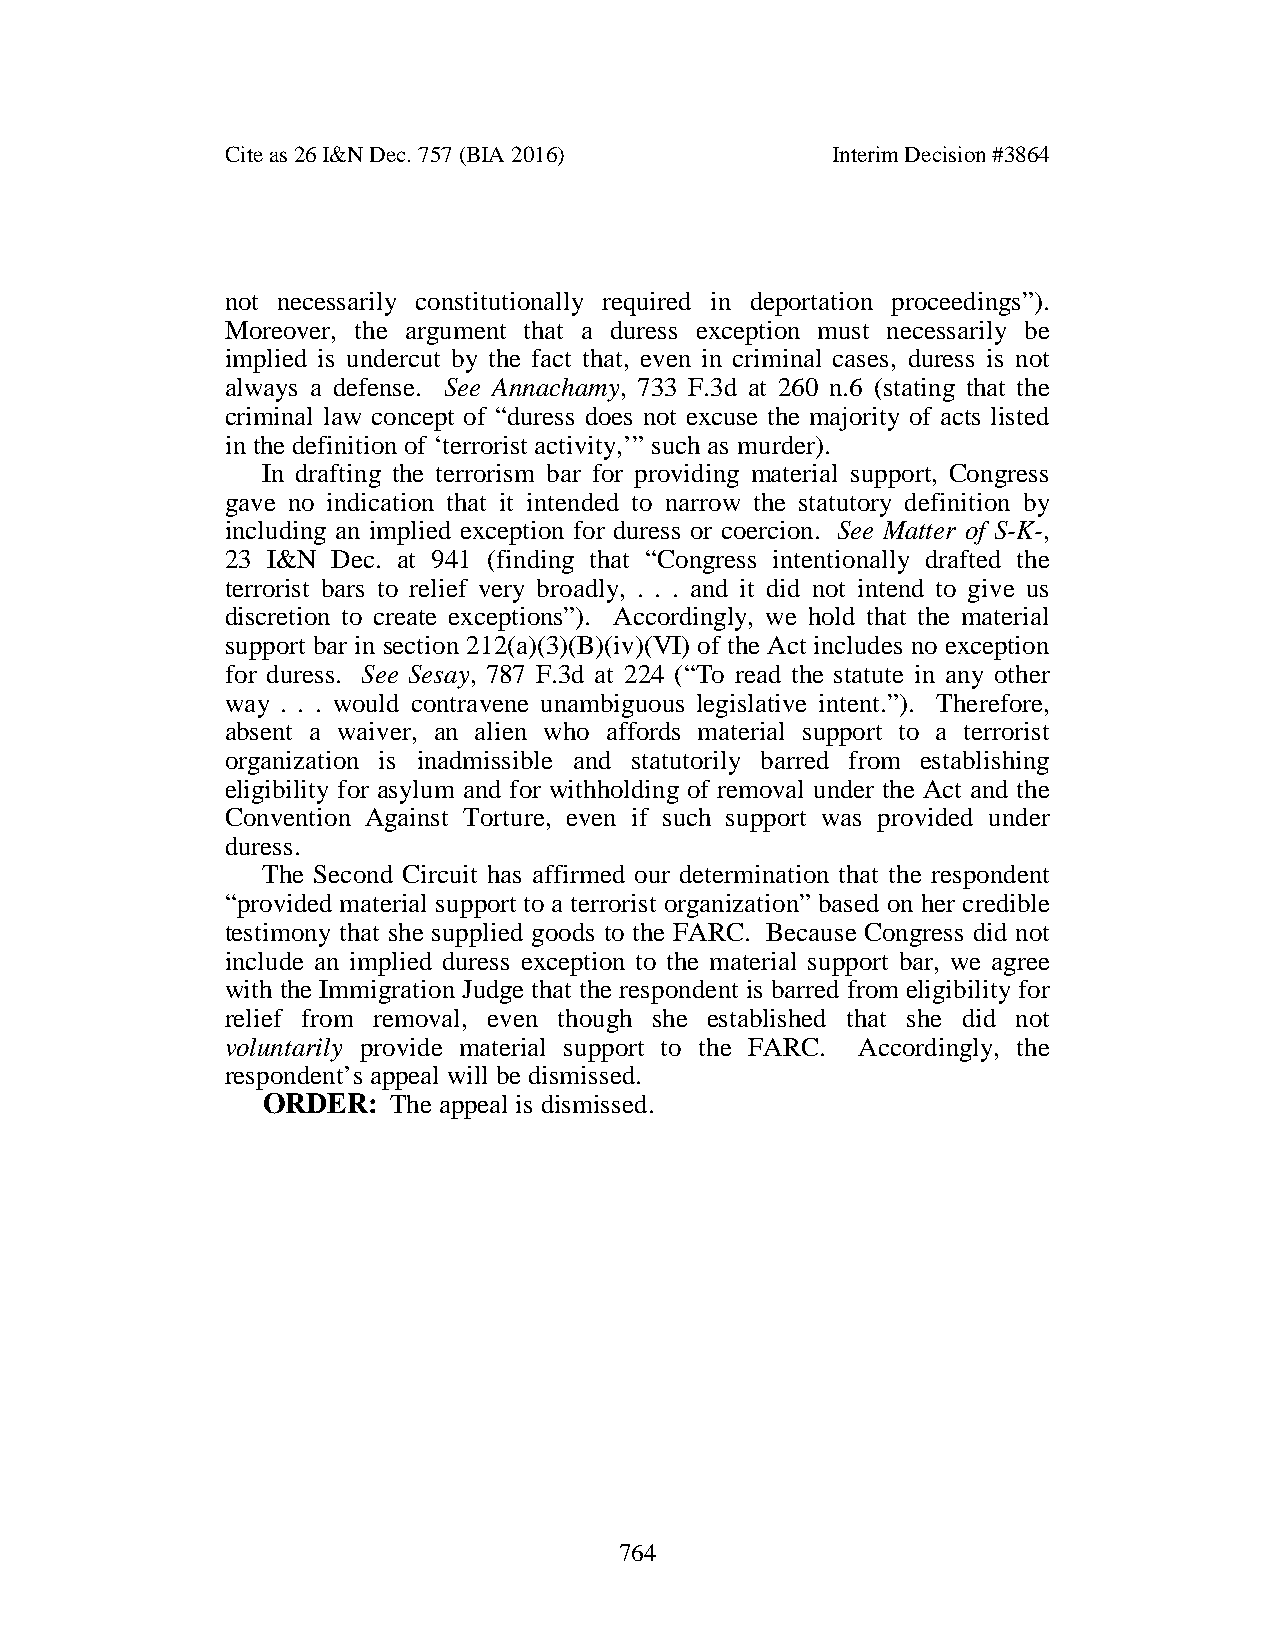
Cite as 26 I&N Dec. 757 (BIA 2016)      Interim Decision #3864
 not necessarily constitutionally required in deportation proceedings”).
 Moreover, the argument that a duress exception must necessarily be
 implied is undercut by the fact that, even in criminal cases, duress is not
 always a defense. See Annachamy, 733 F.3d at 260 n.6 (stating that the
 criminal law concept of “duress does not excuse the majority of acts listed
 in the definition of ‘terrorist activity,’” such as murder).
 In drafting the terrorism bar for providing material support, Congress
 gave no indication that it intended to narrow the statutory definition by
 including an implied exception for duress or coercion. See Matter of S-K-,
 23 I&N Dec. at 941 (finding that “Congress intentionally drafted the
 terrorist bars to relief very broadly, . . . and it did not intend to give us
 discretion to create exceptions”). Accordingly, we hold that the material
 support bar in section 212(a)(3)(B)(iv)(VI) of the Act includes no exception
 for duress. See Sesay, 787 F.3d at 224 (“To read the statute in any other
 way . . . would contravene unambiguous legislative intent.”). Therefore,
 absent a waiver, an alien who affords material support to a terrorist
 organization is inadmissible and statutorily barred from establishing
 eligibility for asylum and for withholding of removal under the Act and the
 Convention Against Torture, even if such support was provided under
 duress.
 The Second Circuit has affirmed our determination that the respondent
 “provided material support to a terrorist organization” based on her credible
 testimony that she supplied goods to the FARC. Because Congress did not
 include an implied duress exception to the material support bar, we agree
 with the Immigration Judge that the respondent is barred from eligibility for
 relief from removal, even though she established that she did not
 voluntarily provide material support to the FARC. Accordingly, the
 respondent’s appeal will be dismissed.
 ORDER:   The appeal is dismissed.
 764